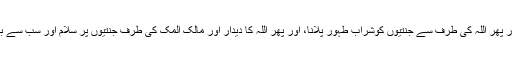
اور اس سے بھی آگے انبیاء، صدیقین، شہداء اور صالحین کی معیت، اور پھر اللہ کی طرف سے جنتیوں کوشراب طہور پلانا، اور پھر اللہ کا دیدار اور مالک المک کی طرف جنتیوں پر سلام اور سب سے بڑی چیز اللہ کی طرف سے رضامندی کا پروانہ، وَرِضْوَانٌ مِّنَ اللّهِ أَكْبَرُ۔